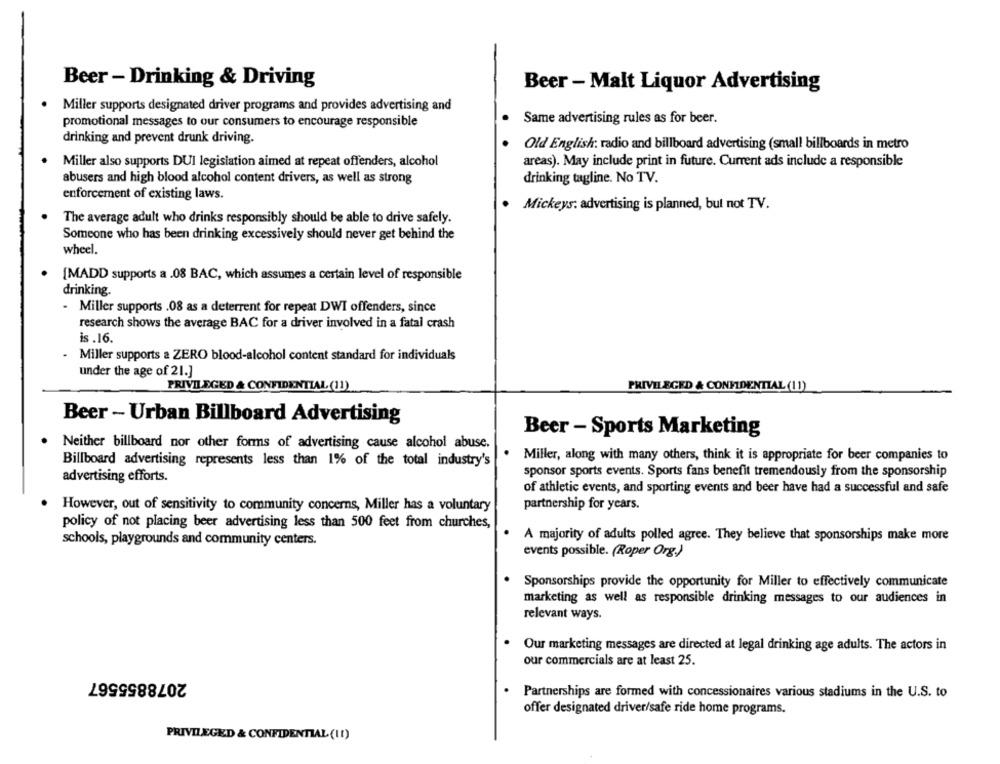
Beer - Drinking & Driving
Beer - Malt Liquor Advertising
Miller supports designated driver programs and provides advertising and
promotional messages to our consumers to encourage responsible
Same advertising rules as for beer.
drinking and prevent drunk driving.
Old English: radio and billboard advertising (small billboards in metro
Miller also supports DUI legislation aimed at repeat offenders, alcohol
areas). May include print in future. Current ads include a responsible
abusers and high blood alcohol content drivers, as well as strong
drinking tagline. No TV.
enforcement of existing laws.
Mickeys: advertising is planned, but not TV.
The average adult who drinks responsibly should be able to drive safely.
Someone who has been drinking excessively should never get behind the
wheel.
[MADD supports a .08 BAC, which assumes a certain level of responsible
drinking.
- Miller supports .08 as a deterrent for repeat DWI offenders, since
research shows the average BAC for a driver involved in a fatal crash
is .16.
- Miller supports a ZERO blood-alcohol content standard for individuals
under the age of 21.]
PRIVILEGED & CONFIDENTIAL (11)
PRIVILEGED & CONFIDENTIAL (11)
Beer - Urban Billboard Advertising
Beer - Sports Marketing
Neither billboard nor other forms of advertising cause alcohol abuse.
Miller, along with many others, think it is appropriate for beer companies to
Billboard advertising represents less than 1% of the total industry's
sponsor sports events. Sports fans benefit tremendously from the sponsorship
advertising efforts.
of athletic events, and sporting events and beer have had a successful and safe
partnership for years.
However, out of sensitivity to community concerns, Miller has a voluntary
policy of not placing beer advertising less than 500 feet from churches,
schools, playgrounds and community centers.
A majority of adults polled agree. They believe that sponsorships make more
events possible. (Roper Org.)
Sponsorships provide the opportunity for Miller to effectively communicate
marketing as well as responsible drinking messages to our audiences in
relevant ways.
Our marketing messages are directed at legal drinking age adults. The actors in
our commercials are at least 25.
2078855567
Partnerships are formed with concessionaires various stadiums in the U.S. to
offer designated driver/safe ride home programs.
PRIVILEGED & CONFIDENTIAL (11)